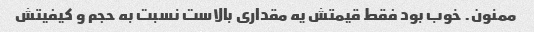
ممنون. خوب بود فقط قیمتش یه مقداری بالاست نسبت به حجم و کیفیتش